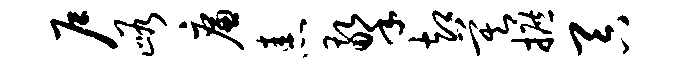
户峪廉恚擎却莫摭吞